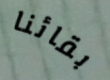
بقائنا